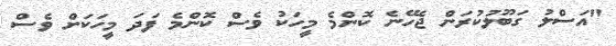
"އަސްލު ގަބޫލުކުރަން ޖެހޭނެ ކޮންމެ މީހަކު ވެސް ކޮންމެ ފަދަ މީހަކަށް ވެސް